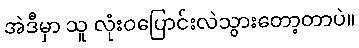
အဲဒီမှာ သူ လုံးဝပြောင်းလဲသွားတော့တာပဲ။